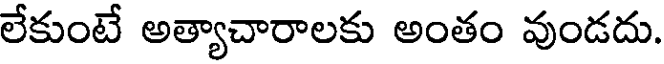
లేకుంటే అత్యాచారాలకు అంతం వుండదు.